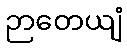
ဉာတေယျံ